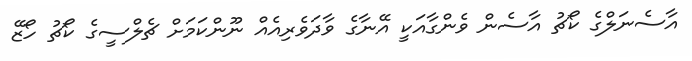
އާސެނަލްގެ ކޯޗު އާސެން ވެންގާއަކީ އޭނާގެ ވާދަވެރިއެއް ނޫންކަމަށް ޗެލްސީގެ ކޯޗު ހޯޒޭ